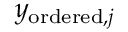
y _ { \mathrm { o r d e r e d } , j }